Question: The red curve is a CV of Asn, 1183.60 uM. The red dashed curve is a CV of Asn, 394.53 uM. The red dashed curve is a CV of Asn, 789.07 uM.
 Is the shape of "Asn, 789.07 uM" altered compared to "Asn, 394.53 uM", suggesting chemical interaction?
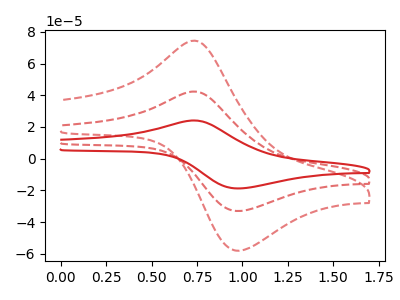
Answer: <think>The red curve "Asn, 1183.60 uM" has an anodic peak at (0.75V, 84.65uA) and a cathodic peak at (1.00V, -66.10uA). The red dashed curve "Asn, 394.53 uM" has an anodic peak at (0.75V, 42.35uA) and a cathodic peak at (1.00V, -33.05uA). The red dashed curve "Asn, 789.07 uM" has an anodic peak at (0.75V, 74.40uA) and a cathodic peak at (1.00V, -58.10uA).
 All the peaks in "Asn, 789.07 uM" have a peak in "Asn, 394.53 uM" at the same potential. Every peak in "Asn, 789.07 uM" is higher than every peak in "Asn, 394.53 uM".</think>
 <answer>No, "Asn, 789.07 uM" and "Asn, 394.53 uM" don't appear to be significantly different in shape</answer>
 <eval>no_change</eval>